Madras plague regulations in force outside the Presidency town - Volume 5
Disease focus: Plague
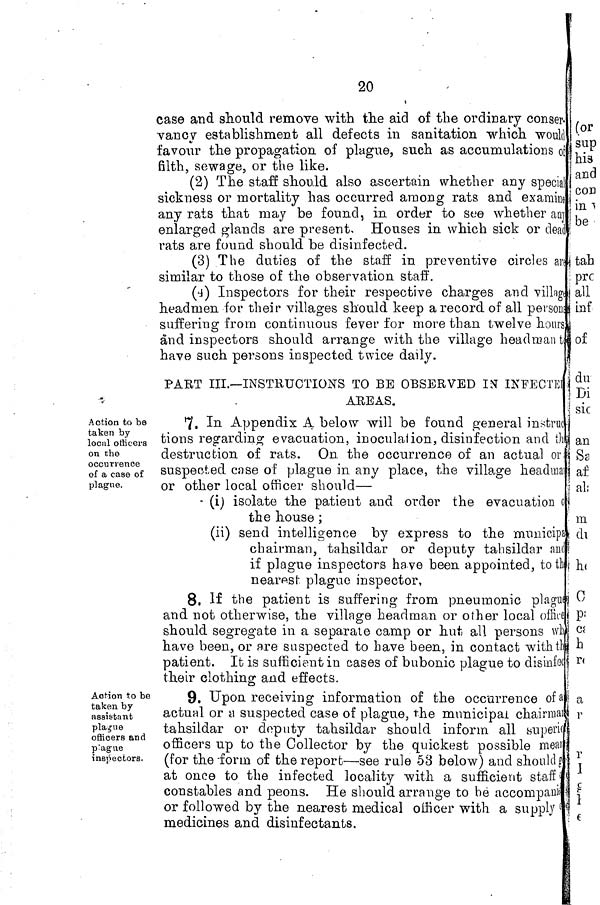
20
case and should remove with the aid of the ordinary conser
vancy establishment all defects in sanitation which would
favour the propagation of plague, such as accumulations of
filth, sewage, or the like.
(2) The staff should also ascertain whether any special
sickness or mortality has occurred among rats and
examine
any rats that may be found, in order to see whether any
enlarged glands are present. Houses in which sick or dead
rats are found should be disinfected.
(3) The duties of the staff in preventive circles
are
similar to those of the observation staff.
(4) Inspectors for their respective charges and
village
headmen for their villages should keep a record of all person
suffering from continuous fever for more than twelve hours
and inspectors should arrange with the village
headman
have such persons inspected twice daily.
PART III.—INSTRUCTIONS TO BE OBSERVED IN
INFECTED
AREAS.
.
7.
In Appendix A below will be found general instru
tions regarding evacuation, inoculation, disinfection and
destruction of rats. On. the occurrence of an actual or
suspected case of plague in any place, the village headma
or other local officer should—
(i) isolate the patient and order the evacuation
the house ;
(ii) send intelligence by express to the municipality
chairman, tahsildar or deputy tahsildar an
if plague inspectors have been appointed, to the
nearest plague inspector,
8, If the patient is suffering from pneumonic
plague
and not otherwise, the village headman or other local officer
should segregate in a separate camp or hut all persons
have been, or are suspected to have been, in contact with the
patient. It is sufficient in cases of bubonic plague to disinfection
their clothing and effects.
Action to be
taken by
assistant
plague
officers and
plague
inspectors.
9. Upon receiving information of the occurrence of a
actual or a suspected case of plague, the municipal
chairman
tahsildar or deputy tahsildar should inform all superior
officers up to the Collector by the quickest possible measures
(for the -form of the report—see rule 53 below) and should
at once to the infected locality with a sufficient staff
constables and peons. He should arrange to he accompani
or followed by the nearest medical officer with a supply
medicines and disinfectants.